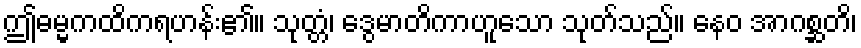
ဤဓမ္မကထိကရဟန်း၏။ သုတ္တံ၊ ဒွေမာတိကာဟူသော သုတ်သည်။ နေဝ အာဂစ္ဆတိ၊